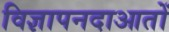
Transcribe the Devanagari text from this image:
विज्ञापनदाआतों